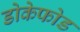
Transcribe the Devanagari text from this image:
डोकेफोड